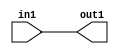
`timescale 1ps / 1ps

// Generated by Cadence Genus(TM) Synthesis Solution 17.11-s014_1
// Generated on: May  5 2021 02:47:02 CST (May  4 2021 18:47:02 UTC)

module DC_Filter_Add_4U_49_4(in1, out1);
  input [3:0] in1;
  output [3:0] out1;
  wire [3:0] in1;
  wire [3:0] out1;
  assign out1[0] = in1[0];
  assign out1[1] = in1[1];
  assign out1[2] = in1[2];
  assign out1[3] = in1[3];
endmodule